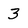
Character: 3